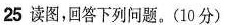
25 读图，回答下列问题。(10分)